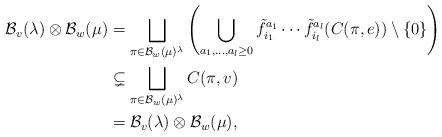
LaTeX: \begin{align*}\mathcal{B}_v(\lambda) \otimes \mathcal{B}_w(\mu) &= \bigsqcup_{\pi \in \mathcal{B}_w(\mu)^\lambda} \left( \bigcup_{a_1, \ldots, a_l \geq 0} \tilde{f}_{i_1}^{a_1} \cdots \tilde{f}_{i_l}^{a_l} ( C(\pi, e) ) \setminus \{ 0 \}\right) \\&\subsetneq \bigsqcup_{\pi \in \mathcal{B}_w(\mu)^\lambda} C(\pi, v) \\&= \mathcal{B}_v(\lambda) \otimes \mathcal{B}_w(\mu),\end{align*}